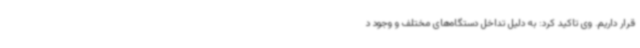
قرار داریم. وی تاکید کرد: به دلیل تداخل دستگاه‌های مختلف و وجود د